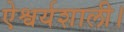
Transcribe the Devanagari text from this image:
ऐश्वर्यशाली।